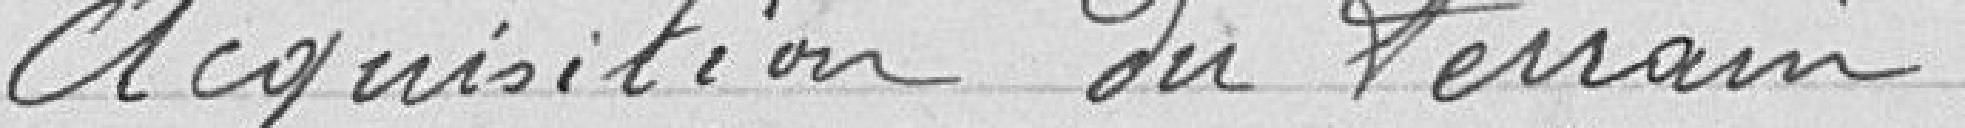
Acquisition du terrain